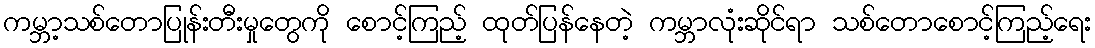
ကမ္ဘာ့သစ်တောပြုန်းတီးမှုတွေကို စောင့်ကြည့် ထုတ်ပြန်နေတဲ့ ကမ္ဘာလုံးဆိုင်ရာ သစ်တောစောင့်ကြည့်ရေး